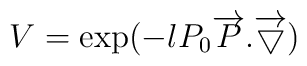
V= \exp(-lP_{0}\overrightarrow{P}.\overrightarrow{\bigtriangledown})